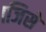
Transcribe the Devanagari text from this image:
।जिसे